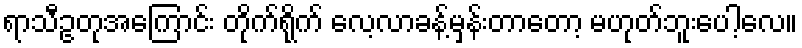
ရာသီဥတုအကြောင်း တိုက်ရိုက် လေ့လာခန့်မှန်းတာတော့ မဟုတ်ဘူးပေါ့လေ။